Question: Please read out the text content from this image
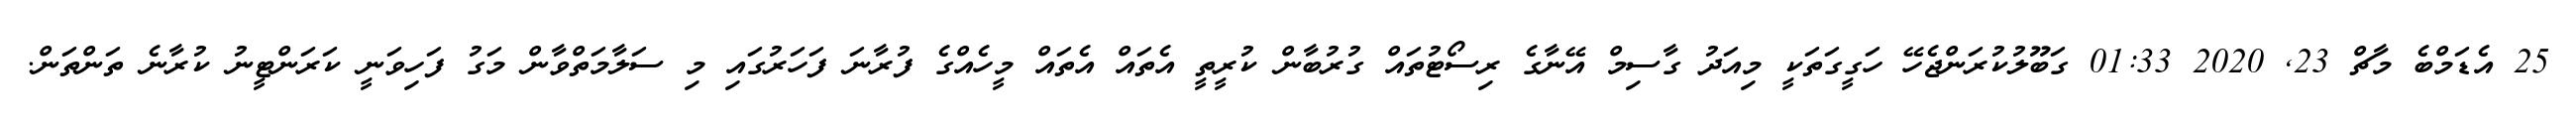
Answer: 25 އެޑަމްބެ މާޗް 23, 2020 01:33 ގަބޫލުކުރަންޖެހޭ ހަގީގަތަކީ މިއަދު ގާސިމް އޭނާގެ ރިސޯޓުތައް ގުރުބާން ކުރީތީ އެތައް އެތައް މީހެއްގެ ފުރާނަ ފަހަރުގައި މި ސަލާމަތްވާން މަގު ފަހިވަނީ ކަރަންޓީނު ކުރާނެ ތަންތަން.